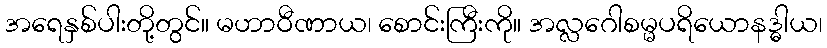
အရေနှစ်ပါးတို့တွင်။ မဟာဝီဏာယ၊ စောင်းကြီးကို။ အလ္လဂေါစမ္မပရိယောနဒ္ဓါယ၊